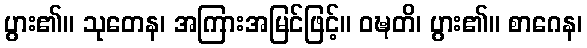
ပွား၏။ သုတေန၊ အကြားအမြင်ဖြင့်။ ဝဍ္ဎတိ၊ ပွား၏။ စာဂေန၊